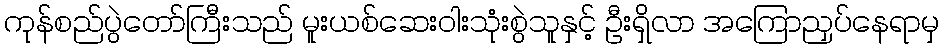
ကုန်စည်ပွဲတော်ကြီးသည် မူးယစ်ဆေးဝါးသုံးစွဲသူနှင့် ဦးရှိလာ အကြောညှပ်နေရာမှ